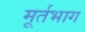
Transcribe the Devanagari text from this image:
मूर्तभाग